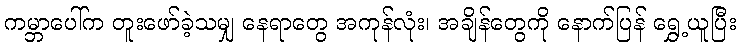
ကမ္ဘာပေါ်က တူးဖော်ခဲ့သမျှ နေရာတွေ အကုန်လုံး၊ အချိန်တွေကို နောက်ပြန် ရွှေ့ယူပြီး